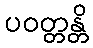
ပဝတ္တန္တိ